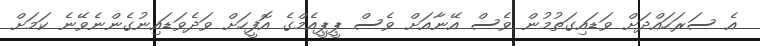
އެ ސަރަހައްދަށް ވަޑައިގަތުމުން ވެސް އޭނާއަށް ވެސް ޕީޕީއެމްގެ އޮފީހަށް ވަދެވަޑައިނުގެންނެވޭނެ ކަމަށް